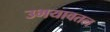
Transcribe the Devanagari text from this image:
उभयावतल